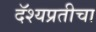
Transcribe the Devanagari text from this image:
दॅश्यप्रतीचा